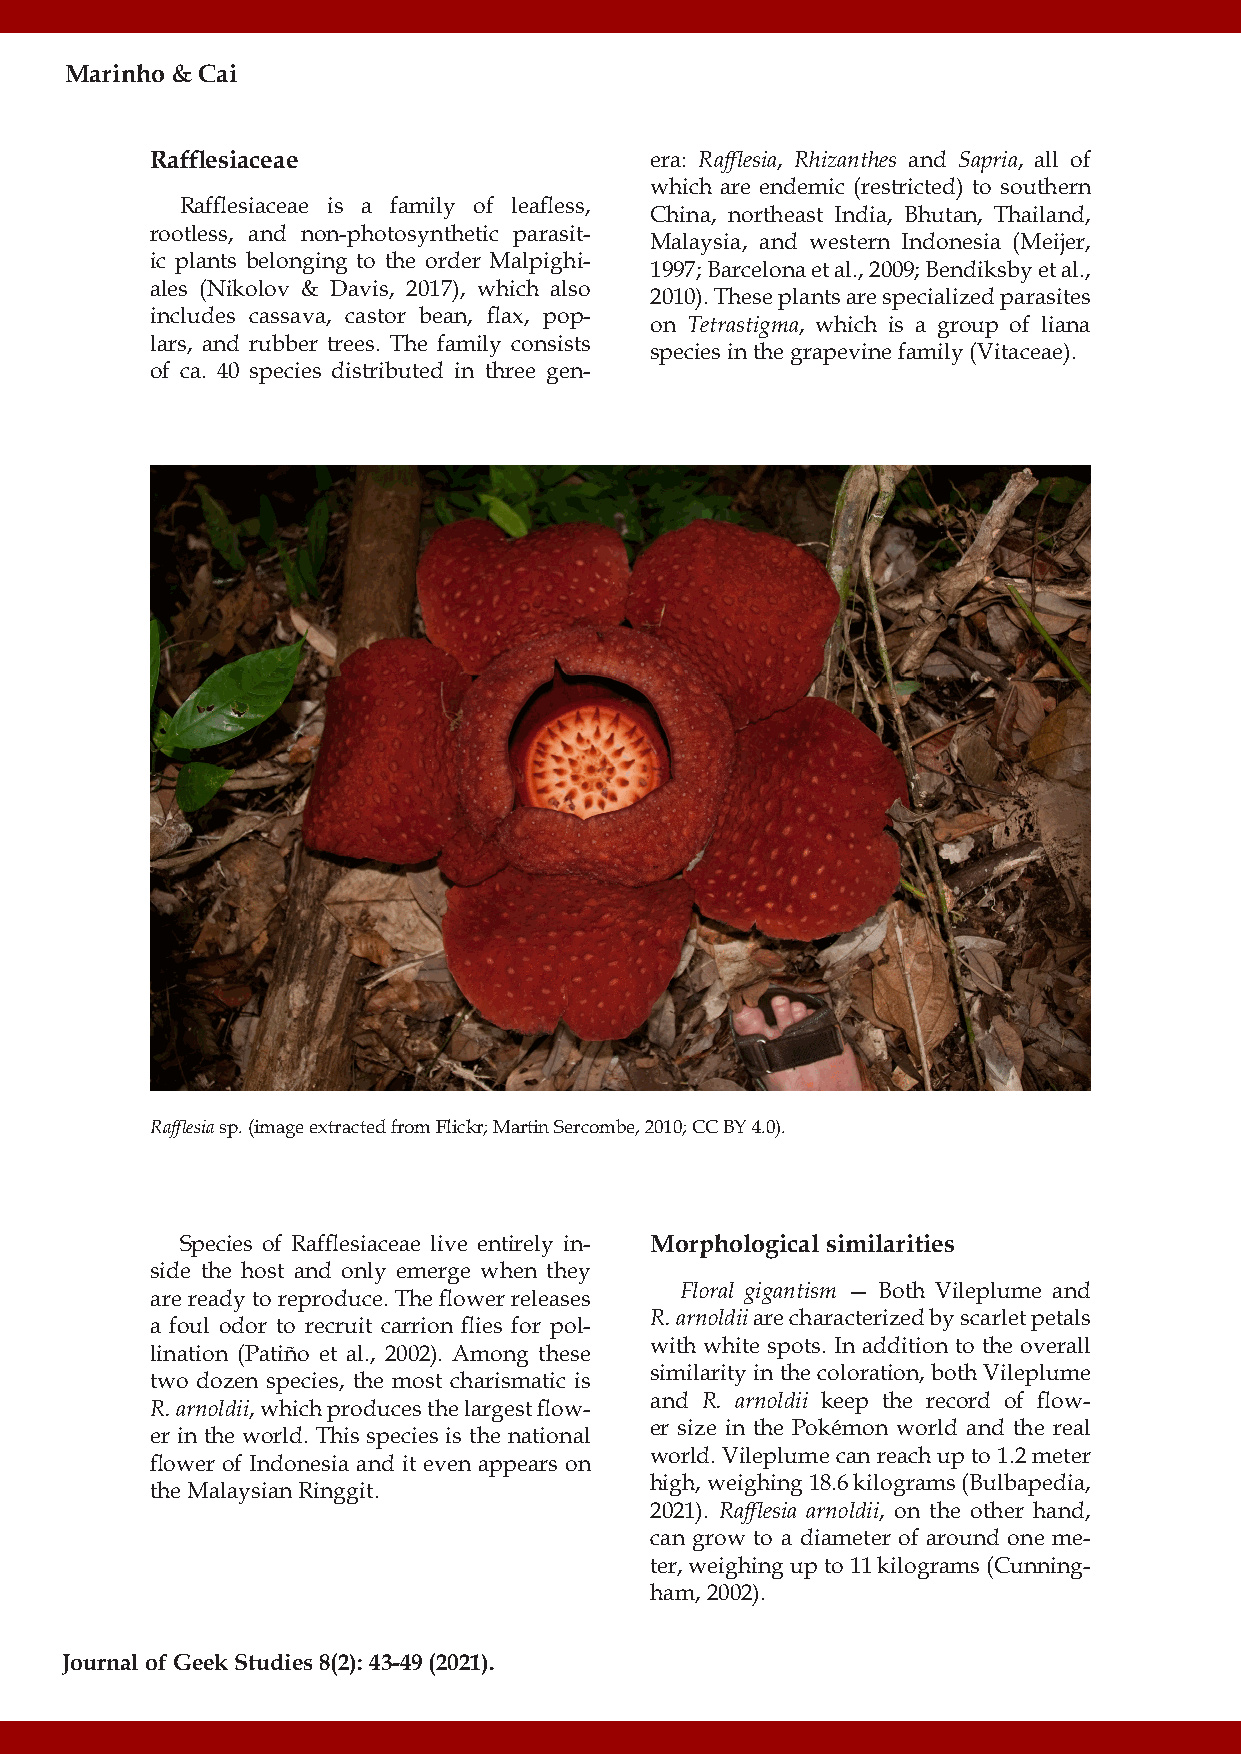
Marinho & Cai
 Rafflesiaceae                    era: Rafflesia, Rhizanthes and Sapria, all of
 which are endemic (restricted) to southern
 Rafflesiaceae is a family of leafless,
 China, northeast India, Bhutan, Thailand,
 rootless, and non-photosynthetic parasit-
 Malaysia, and western Indonesia (Meijer,
 ic plants belonging to the order Malpighi-
 1997; Barcelona et al., 2009; Bendiksby et al.,
 ales (Nikolov & Davis, 2017), which also
 2010). These plants are specialized parasites
 includes cassava, castor bean, flax, pop-
 on Tetrastigma, which is a group of liana
 lars, and rubber trees. The family consists
 species in the grapevine family (Vitaceae).
 of ca. 40 species distributed in three gen-
 Rafflesia sp. (image extracted from Flickr; Martin Sercombe, 2010; CC BY 4.0).
 Species of Rafflesiaceae live entirely in- Morphological similarities
 side the host and only emerge when they
 Floral gigantism — Both Vileplume and
 are ready to reproduce. The flower releases
 R. arnoldii are characterized by scarlet petals
 a foul odor to recruit carrion flies for pol-
 with white spots. In addition to the overall
 lination (Patiño et al., 2002). Among these
 similarity in the coloration, both Vileplume
 two dozen species, the most charismatic is
 and R. arnoldii keep the record of flow-
 R. arnoldii, which produces the largest flow-
 er size in the Pokémon world and the real
 er in the world. This species is the national
 world. Vileplume can reach up to 1.2 meter
 flower of Indonesia and it even appears on
 high, weighing 18.6 kilograms (Bulbapedia,
 the Malaysian Ringgit.
 2021). Rafflesia arnoldii, on the other hand,
 can grow to a diameter of around one me-
 ter, weighing up to 11 kilograms (Cunning-
 ham, 2002).
 Journal of Geek Studies 8(2): 43-49 (2021).